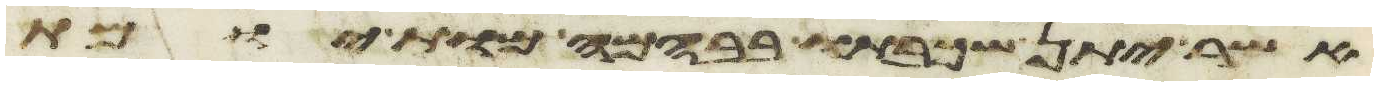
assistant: אשר יתן שכבתו בבהמה מות יומת